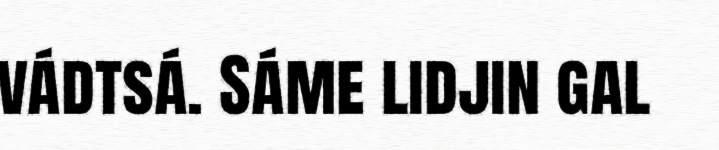
vádtsá. Sáme lidjin gal